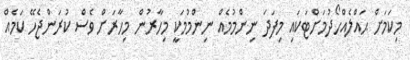
މިކަމަށް ޙައްލެއްހޯދުމަށްޓަކައި މިފަދަ ނިންމުމެއް ނިންމުމަކީ މިހާރުން މިހާރަށް ވެސް ކުރަންޖެހޭ ކަމެއް